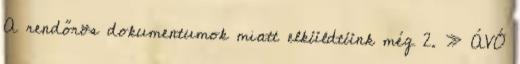
A rendőrös dokumentumok miatt elküldtünk még 2. » ÁVÓ